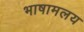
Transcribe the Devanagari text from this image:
भाषामलय